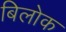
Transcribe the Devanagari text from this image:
बिलोक